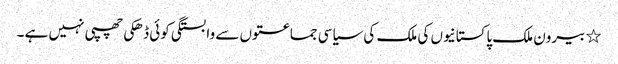
٭	بیرون ملک پاکستانیوں کی ملک کی سیاسی جماعتوں سے وابستگی کوئی ڈھکی چھپی نہیں ہے ۔